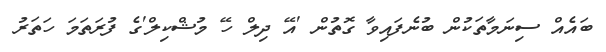
ބައެއް ސިނަމާތަކުން ބުނެފައިވާ ގޮތުން 'އޭ ދިލް ހޭ މުޝްކިލް'ގެ ފުރަތަމަ ހަތަރު